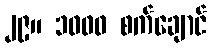
၂၉။ ၁၀၀၀ စက်ချောင်